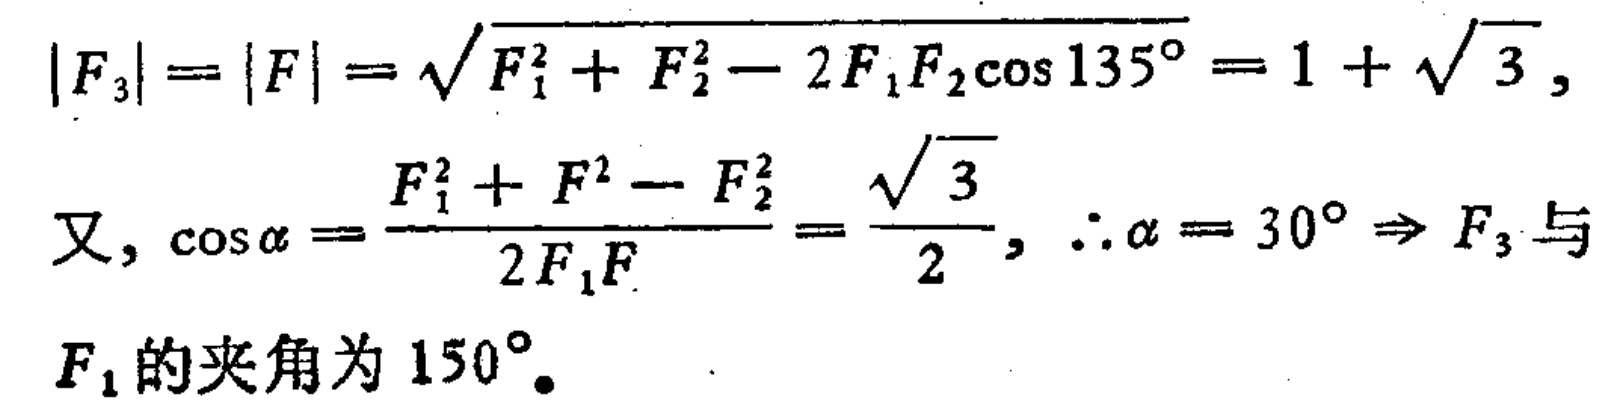
\[
\begin{align*}
\left|F_{3}\right|=\left|F\right|&=\sqrt{F_{1}^{2}+F_{2}^{2}-2F_{1}F_{2}\cos135^{\circ}} = 1+\sqrt{3},\\
\text{又}, \cos\alpha&=\frac{F_{1}^{2}+F^{2}-F_{2}^{2}}{2F_{1}F}=\frac{\sqrt{3}}{2}, \therefore\alpha = 30^{\circ}\Rightarrow F_{3}\text{与}\\
&F_{1}\text{的夹角为}150^{\circ}.
\end{align*}
\]